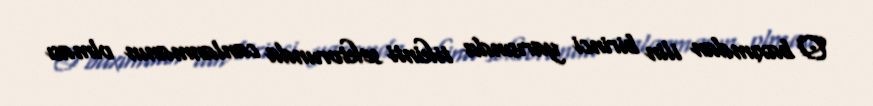
O baxımdan ilin birinci yarısında tikinti sektorunda canlanmanın olması